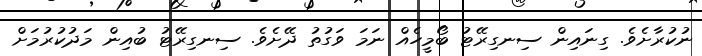
ނުކުރާށެވެ. ގިނައިން ސިނގިރޭޓު ބޯމީހެއް ނަމަ ވަގުތު ދޭށެވެ. ސިނގިރޭޓު ބުއިން މަދުކުރުމަށް